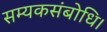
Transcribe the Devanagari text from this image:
सम्यकसंबोधि।